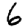
Digit: 6